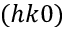
( h k 0 )